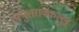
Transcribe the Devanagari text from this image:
पयुतराक्कल्लु